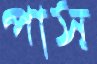
পাস্